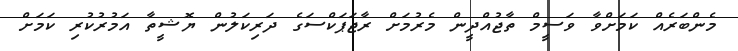
މެންބަރެއް ކަމަށްވާ ވަސީމް ތާޖުއްދީން މެރުމަށް ރާޖަޕަކްސަގެ ދަރިކަލުން ޔޮޝީތާ އަމުރުކުރި ކަމަށް